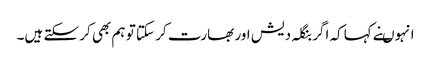
انہوںنے کہاکہ اگر بنگلہ دیش اور بھارت کر سکتا تو ہم بھی کر سکتے ہیں۔